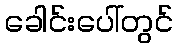
ခေါင်းပေါ်တွင်